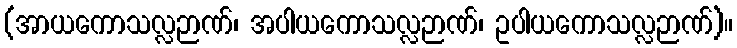
(အာယကောသလ္လဉာဏ်၊ အပါယကောသလ္လဉာဏ်၊ ဥပါယကောသလ္လဉာဏ်)။